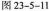
图23-5-11